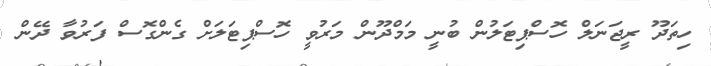
ހިތަދޫ ރީޖަނަލް ހޮސްޕިޓަލުން ބުނީ މަމްދޫން މަރުވީ ހޮސްޕިޓަލަށް ގެންގޮސް ފަރުވާ ދޭން